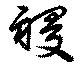
祲